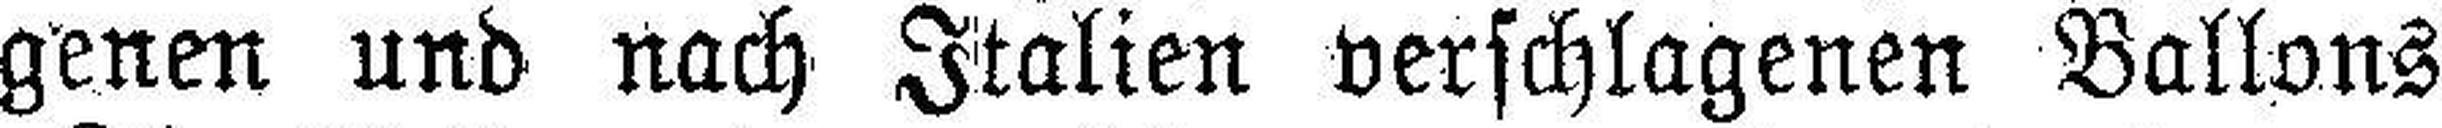
genen und nach Italien verschlagenen Ballons